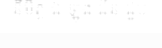
នីមិត្ត ឯ ឡុង ជីន ជួប